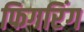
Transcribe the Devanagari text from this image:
फिगरिंग